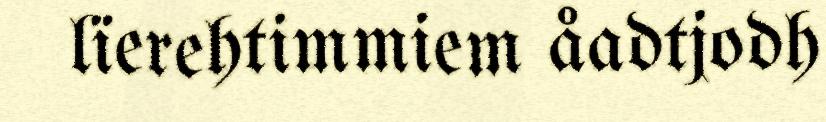
lïerehtimmiem åadtjodh